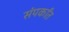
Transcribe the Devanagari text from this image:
संपर्कांत